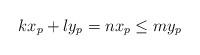
LaTeX: \begin{align*}kx_p+ly_p = nx_p \leq my_p\end{align*}